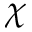
\chi